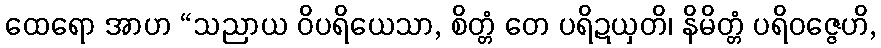
ထေရော အာဟ “သညာယ ဝိပရိယေသာ, စိတ္တံ တေ ပရိဍယှတိ၊ နိမိတ္တံ ပရိဝဇ္ဇေဟိ,